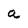
Character: a